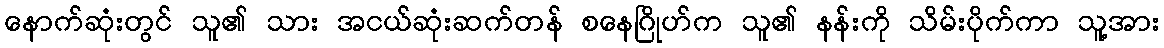
နောက်ဆုံးတွင် သူ၏ သား အငယ်ဆုံးဆက်တန် စနေဂြိုဟ်က သူ၏ နန်းကို သိမ်းပိုက်ကာ သူ့အား